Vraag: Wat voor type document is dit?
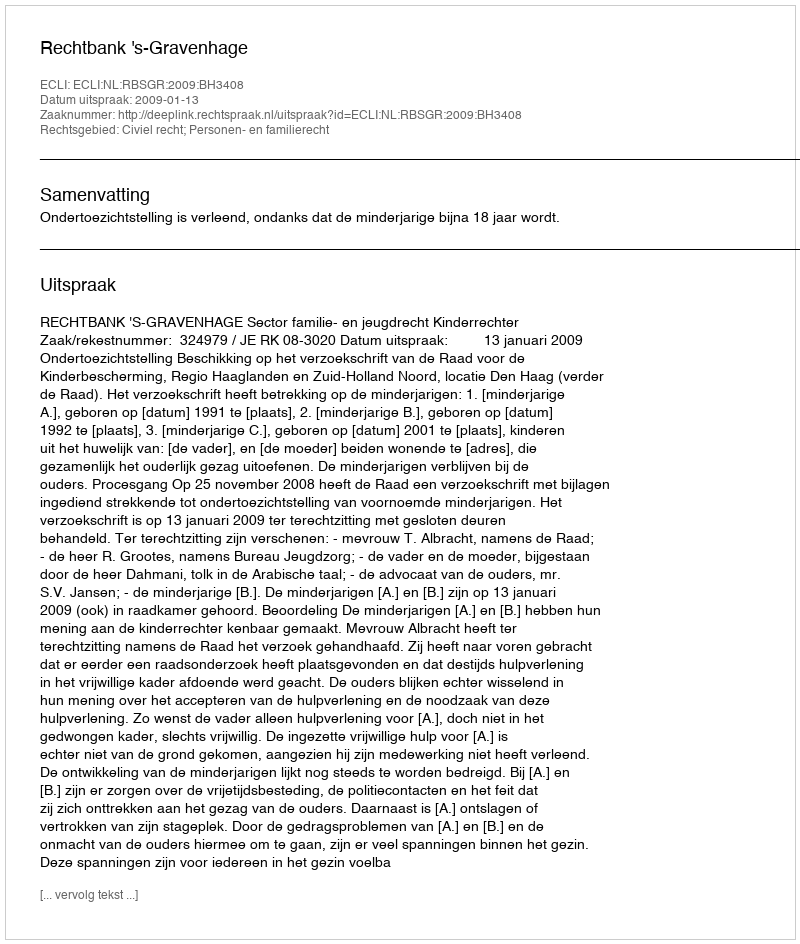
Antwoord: Uitspraak